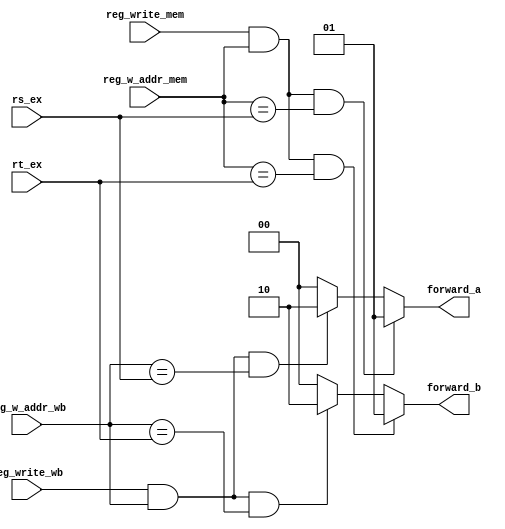
`timescale 1ns / 1ps
/*
 * Description:
 *
 * Dependencies:
 *
 * Revision:
 *
 */

module forwarding_unit_ex(
	output reg [1:0] forward_a, forward_b,
	input reg_write_mem, reg_write_wb,
	input [4:0] reg_w_addr_mem, reg_w_addr_wb, rs_ex, rt_ex
    );

	always @ (*)
	begin
		// the order shouldn't be altered because the result
		// in EX/MEM is newer than that in MEM/WB.
		// the I-type instructions use rt as dest, not rd.
		// So the results from mem are not forwarded.
		// Apr 28, 2016 indeed, rt is also forwarded.
		if (reg_write_mem && reg_w_addr_mem && reg_w_addr_mem == rs_ex)
			forward_a = 2'b01;
		else if (reg_write_wb && reg_w_addr_wb && reg_w_addr_wb == rs_ex)
			forward_a = 2'b10;
		else
			forward_a = 2'b00;

		if (reg_write_mem && reg_w_addr_mem && reg_w_addr_mem == rt_ex)
			forward_b = 2'b01;
		else if (reg_write_wb && reg_w_addr_wb && reg_w_addr_wb == rt_ex)
			forward_b = 2'b10;
		else
			forward_b = 2'b00;
	end

endmodule